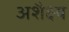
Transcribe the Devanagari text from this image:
अशैक्ष्य